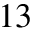
^ { 1 3 }